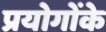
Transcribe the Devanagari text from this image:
प्रयोगोंके